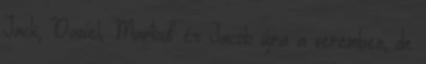
Jack, Daniel, Martouf és Jacob újra a veremben, de